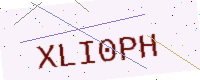
Text: XLI0PH